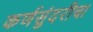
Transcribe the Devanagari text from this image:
कर्णसुंदरीचा